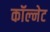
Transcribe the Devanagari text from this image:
कॉल्नेट